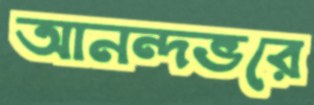
আনন্দভরে